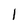
Character: l